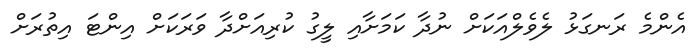
އެންމެ ރަނގަޅު ލެވެލްއަކަށް ނުދާ ކަމަށާއި ލީގު ކުރިއަށްދާ ވަރަކަށް އިންޓަ އިތުރަށް